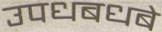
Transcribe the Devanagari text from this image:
उपधबधबे